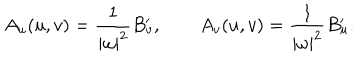
A _ { u } ( u , v ) = \frac 1 { | \omega | ^ { 2 } } B _ { v } ^ { \prime } , \qquad A _ { v } ( u , v ) = \frac 1 { | \omega | ^ { 2 } } B _ { u } ^ { \prime } .